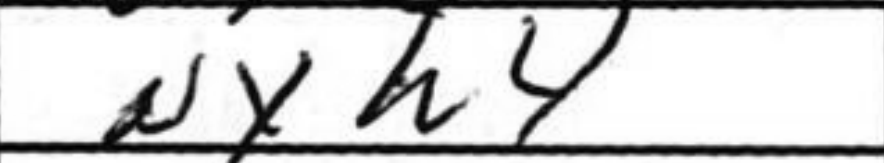
Transcription: Nxh4